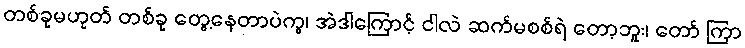
တစ်ခုမဟုတ် တစ်ခု တွေ့နေတာပဲကွ၊ အဲဒါကြောင့် ငါလဲ ဆက်မစစ်ရဲ တော့ဘူး၊ တော် ကြာ